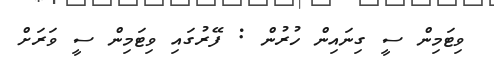
ވިޓަމިން ސީ ގިނައިން ހުރުން : ފޭރުގައި ވިޓަމިން ސީ ވަރަށް